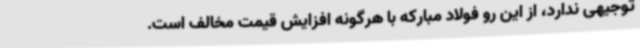
توجیهی ندارد، از این رو فولاد مبارکه با هرگونه افزایش قیمت مخالف است.